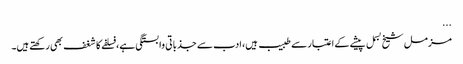
...
مزمل شیخ بسمل پیشے کے اعتبار سے طبیب ہیں، ادب سے جذباتی وابستگی ہے، فسلفے کا شغف بھی رکھتے ہیں۔